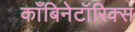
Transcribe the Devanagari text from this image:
काँबिनेटॉरिक्स